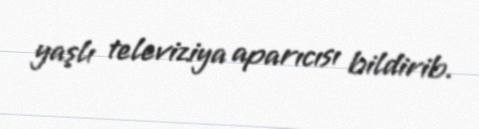
yaşlı televiziya aparıcısı bildirib.